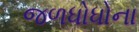
જળધોધોના